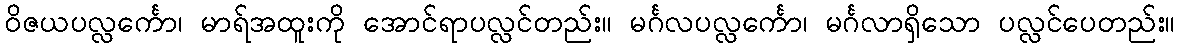
ဝိဇယပလ္လင်္ကော၊ မာရ်အထူးကို အောင်ရာပလ္လင်တည်း။ မင်္ဂလပလ္လင်္ကော၊ မင်္ဂလာရှိသော ပလ္လင်ပေတည်း။